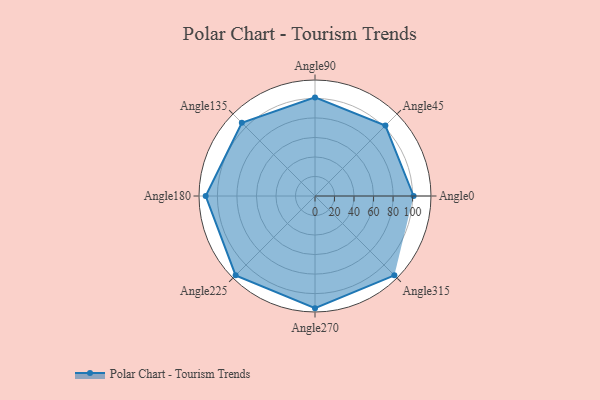
{"axis": {"x": "Angle", "y": "Radius"}, "legend": [""], "data": [{"x": "Angle0", "y": 101.0, "type": ""}, {"x": "Angle45", "y": 102.0, "type": ""}, {"x": "Angle90", "y": 101.0, "type": ""}, {"x": "Angle135", "y": 106.0, "type": ""}, {"x": "Angle180", "y": 112.0, "type": ""}, {"x": "Angle225", "y": 115.0, "type": ""}, {"x": "Angle270", "y": 115.0, "type": ""}, {"x": "Angle315", "y": 115.0, "type": ""}]}